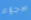
الاجزاء